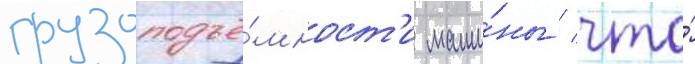
грузоподъё́мност'и маши́ны / что́